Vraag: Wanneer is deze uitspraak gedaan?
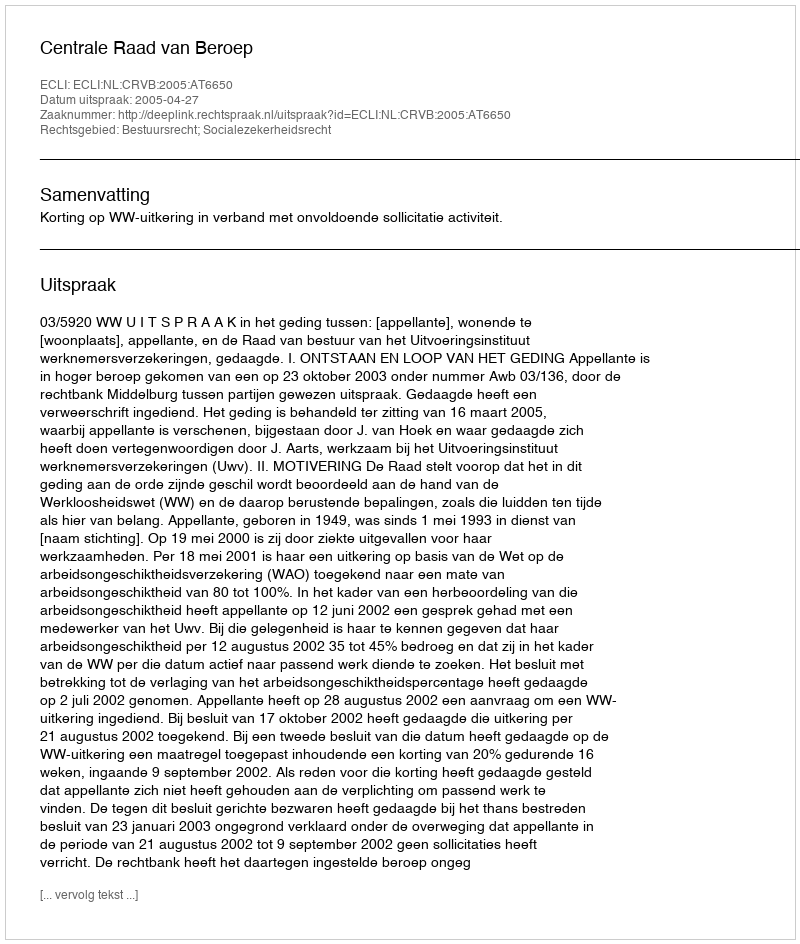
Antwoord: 2005-04-27